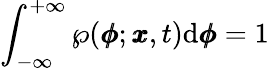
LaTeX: \int_{-\infty}^{+\infty}\wp(\pmb{\phi};\pmb{x},t)\mathrm{d}\pmb{\phi}=1